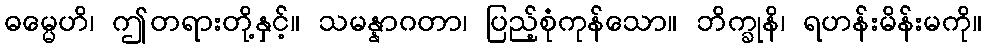
ဓမ္မေဟိ၊ ဤတရားတို့နှင့်။ သမန္နာဂတာ၊ ပြည့်စုံကုန်သော။ ဘိက္ခုနိ၊ ရဟန်းမိန်းမကို။